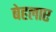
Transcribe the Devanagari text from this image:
बेहलाए